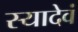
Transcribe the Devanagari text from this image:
स्यादेवं